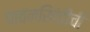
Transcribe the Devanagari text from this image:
पावनखिंडीची